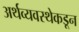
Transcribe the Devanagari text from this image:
अर्थव्यवस्थेकडून